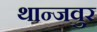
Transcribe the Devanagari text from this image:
थान्जवुर